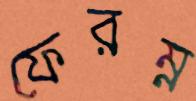
ফেরম্ন